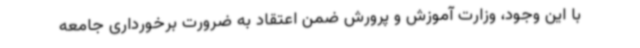
با این وجود، وزارت آموزش و پرورش ضمن اعتقاد به ضرورت برخورداری جامعه